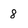
Character: 8